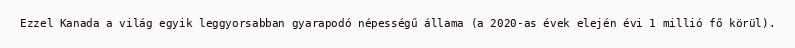
Ezzel Kanada a világ egyik leggyorsabban gyarapodó népességű állama (a 2020-as évek elején évi 1 millió fő körül).